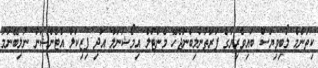
ކިތަންމެ ލޯބިވިޔަސް ބައިވެރިޔާގެ ފަރާތުންލިބެންޖެހޭ މެންޓަލް އިމޯޝަނަލް އަދި ފިޒިކަލް އެޓެންޝަން ނުލިބޭނަމަ